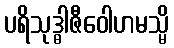
ပရိသုဒ္ဓါဇီဝေါဟမသ္မိ